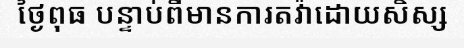
ថ្ងៃពុធ បន្ទាប់ពីមានការតវ៉ាដោយសិស្ស